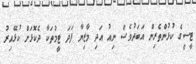
ޓީސީގެ ކުޅުންތެރިން އަަބަދުވެސް ނިއު އަދި މާޒިޔާ ފަދަ ޓީމުތަކާ ދެކޮޅަށް ކުޅޭއިރު